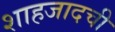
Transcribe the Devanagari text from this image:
शाहजादची